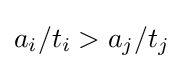
a_{i}/t_{i}>a_{j}/t_{j}